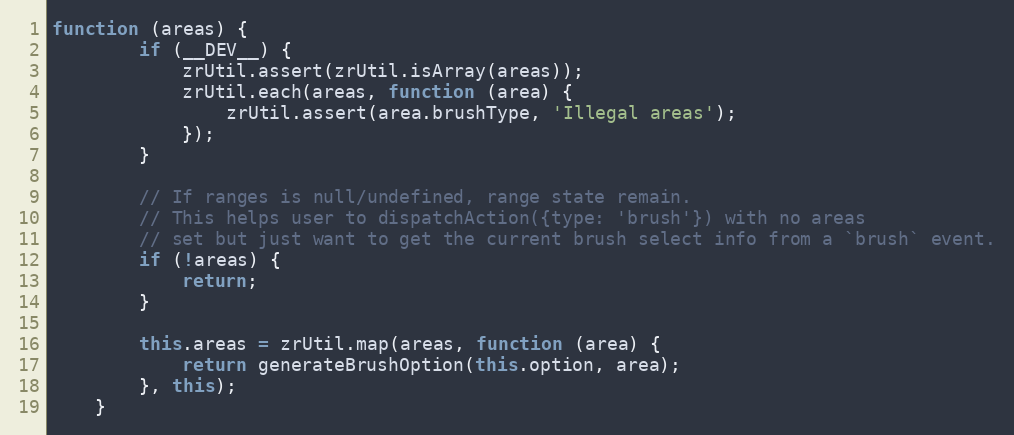
Language: JavaScript
function (areas) {
        if (__DEV__) {
            zrUtil.assert(zrUtil.isArray(areas));
            zrUtil.each(areas, function (area) {
                zrUtil.assert(area.brushType, 'Illegal areas');
            });
        }

        // If ranges is null/undefined, range state remain.
        // This helps user to dispatchAction({type: 'brush'}) with no areas
        // set but just want to get the current brush select info from a `brush` event.
        if (!areas) {
            return;
        }

        this.areas = zrUtil.map(areas, function (area) {
            return generateBrushOption(this.option, area);
        }, this);
    }